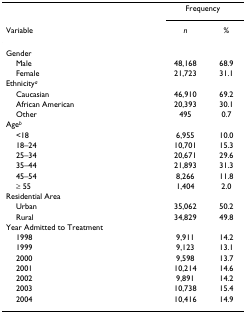
<table><thead><tr><td></td><td colspan="2"><b>Frequency</b></td></tr><tr><td><b>Variable</b></td><td><b><i>n</i></b></td><td><b>%</b></td></tr></thead><tbody><tr><td>Gender</td><td></td><td></td></tr><tr><td> Male</td><td>48,168</td><td>68.9</td></tr><tr><td> Female</td><td>21,723</td><td>31.1</td></tr><tr><td>Ethnicity<sup><i>a</i></sup></td><td></td><td></td></tr><tr><td> Caucasian</td><td>46,910</td><td>69.2</td></tr><tr><td> African American</td><td>20,393</td><td>30.1</td></tr><tr><td> Other</td><td>495</td><td>0.7</td></tr><tr><td>Age<sup><i>b</i></sup></td><td></td><td></td></tr><tr><td> &lt;18</td><td>6,955</td><td>10.0</td></tr><tr><td> 18–24</td><td>10,701</td><td>15.3</td></tr><tr><td> 25–34</td><td>20,671</td><td>29.6</td></tr><tr><td> 35–44</td><td>21,893</td><td>31.3</td></tr><tr><td> 45–54</td><td>8,266</td><td>11.8</td></tr><tr><td> ≥ 55</td><td>1,404</td><td>2.0</td></tr><tr><td>Residential Area</td><td></td><td></td></tr><tr><td> Urban</td><td>35,062</td><td>50.2</td></tr><tr><td> Rural</td><td>34,829</td><td>49.8</td></tr><tr><td>Year Admitted to Treatment</td><td></td><td></td></tr><tr><td> 1998</td><td>9,911</td><td>14.2</td></tr><tr><td> 1999</td><td>9,123</td><td>13.1</td></tr><tr><td> 2000</td><td>9,598</td><td>13.7</td></tr><tr><td> 2001</td><td>10,214</td><td>14.6</td></tr><tr><td> 2002</td><td>9,891</td><td>14.2</td></tr><tr><td> 2003</td><td>10,738</td><td>15.4</td></tr><tr><td> 2004</td><td>10,416</td><td>14.9</td></tr></tbody></table>